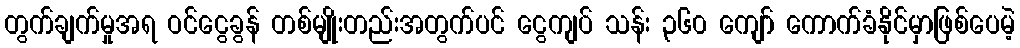
တွက်ချက်မှုအရ ဝင်ငွေခွန် တစ်မျိုးတည်းအတွက်ပင် ငွေကျပ် သန်း ၃၆၀ ကျော် ကောက်ခံနိုင်မှာဖြစ်ပေမဲ့